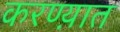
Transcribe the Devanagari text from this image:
करण्य़ात